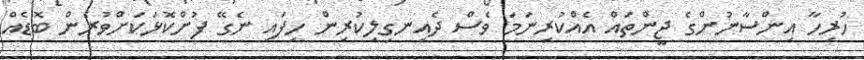
ހުރިހާ އިންސާނުންގެ ޖީންތައް އެއްކުރިނަމަ ވެސް ދެއިނގިލިކުރިން ހިފައި ނެގޭ ފުށްކޮޅަކަށްވުރެން ބޮޑެއް